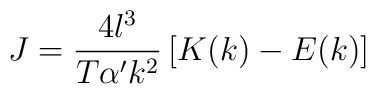
J = \frac{4 l^3}{T\alpha' k^2}\left [ K(k) - E(k)\right ]